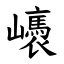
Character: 㠡